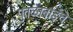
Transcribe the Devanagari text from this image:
पुतळाबाईंचे